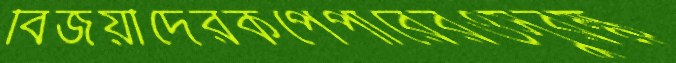
বিজয়ীদেরকপেপারেরওসুরক্ষ